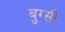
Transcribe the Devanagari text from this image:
बुग्‍सी